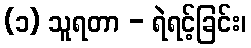
(၁) သူရတာ - ရဲရင့်ခြင်း၊